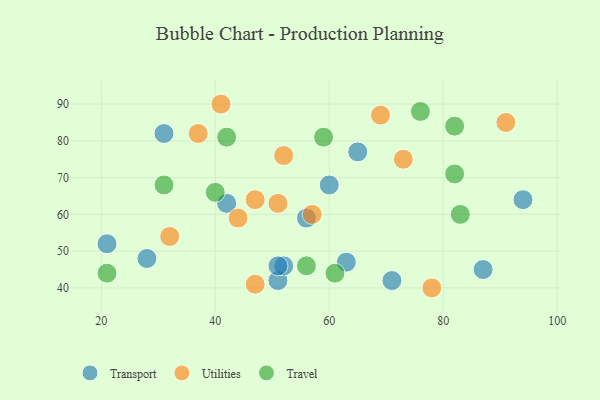
{"axis": {"x": "GDP", "y": "Life Expectancy"}, "legend": ["Transport", "Travel", "Utilities"], "data": [{"x": "87", "y": 45, "type": "Transport"}, {"x": "94", "y": 64, "type": "Transport"}, {"x": "56", "y": 59, "type": "Transport"}, {"x": "42", "y": 63, "type": "Transport"}, {"x": "71", "y": 42, "type": "Transport"}, {"x": "63", "y": 47, "type": "Transport"}, {"x": "51", "y": 42, "type": "Transport"}, {"x": "52", "y": 46, "type": "Transport"}, {"x": "21", "y": 52, "type": "Transport"}, {"x": "51", "y": 46, "type": "Transport"}, {"x": "65", "y": 77, "type": "Transport"}, {"x": "28", "y": 48, "type": "Transport"}, {"x": "60", "y": 68, "type": "Transport"}, {"x": "31", "y": 82, "type": "Transport"}, {"x": "47", "y": 41, "type": "Utilities"}, {"x": "69", "y": 87, "type": "Utilities"}, {"x": "78", "y": 40, "type": "Utilities"}, {"x": "41", "y": 90, "type": "Utilities"}, {"x": "73", "y": 75, "type": "Utilities"}, {"x": "44", "y": 59, "type": "Utilities"}, {"x": "51", "y": 63, "type": "Utilities"}, {"x": "52", "y": 76, "type": "Utilities"}, {"x": "32", "y": 54, "type": "Utilities"}, {"x": "57", "y": 60, "type": "Utilities"}, {"x": "91", "y": 85, "type": "Utilities"}, {"x": "47", "y": 64, "type": "Utilities"}, {"x": "37", "y": 82, "type": "Utilities"}, {"x": "76", "y": 88, "type": "Travel"}, {"x": "40", "y": 66, "type": "Travel"}, {"x": "21", "y": 44, "type": "Travel"}, {"x": "82", "y": 71, "type": "Travel"}, {"x": "82", "y": 84, "type": "Travel"}, {"x": "31", "y": 68, "type": "Travel"}, {"x": "56", "y": 46, "type": "Travel"}, {"x": "42", "y": 81, "type": "Travel"}, {"x": "59", "y": 81, "type": "Travel"}, {"x": "83", "y": 60, "type": "Travel"}, {"x": "61", "y": 44, "type": "Travel"}]}